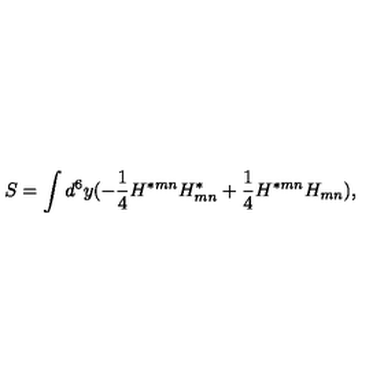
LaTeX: S = \int d ^ { 6 } y ( - { \frac { 1 } { 4 } } H ^ { * m n } H _ { m n } ^ { * } + { \frac { 1 } { 4 } } H ^ { * m n } H _ { m n } ) ,